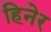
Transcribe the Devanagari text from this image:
हिनेर